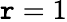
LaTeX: \mathtt{r}=1